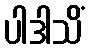
ပါဒါသိံ